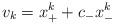
LaTeX: \begin{align*}v_k=x_+^k+c_-x_-^k\end{align*}